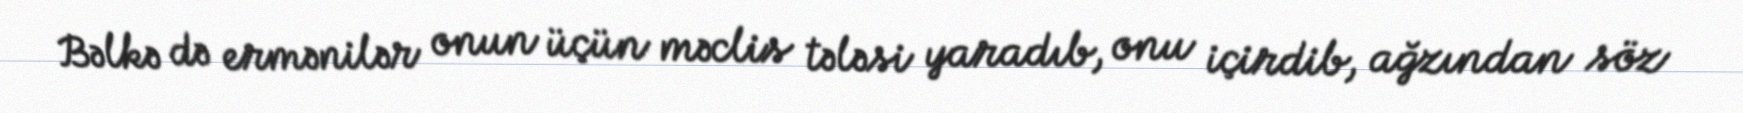
Bəlkə də ermənilər onun üçün məclis tələsi yaradıb, onu içirdib, ağzından söz